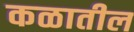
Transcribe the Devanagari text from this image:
कळातील